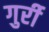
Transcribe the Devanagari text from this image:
गुर्री